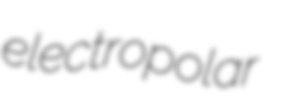
electropolar